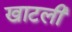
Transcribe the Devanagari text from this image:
खाटली